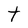
Character: t